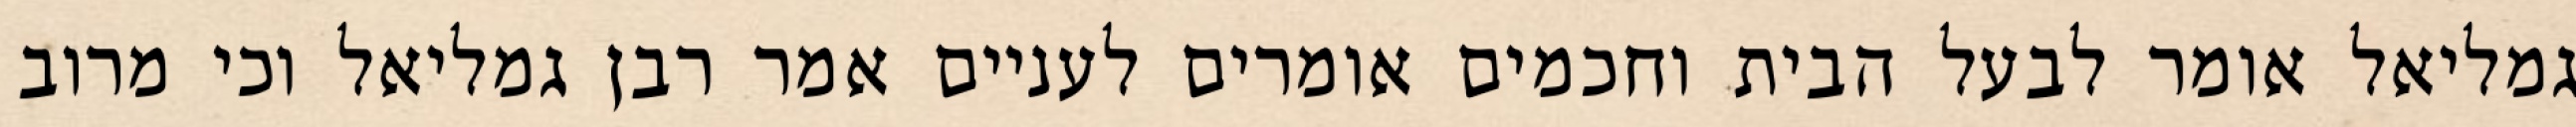
גמליאל אומר לבעל הבית וחכמים אומרים לעניים אמר רבן גמליאל וכי מרוב